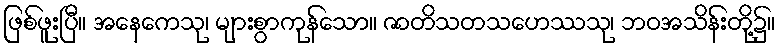
ဖြစ်ဖူးပြီ။ အနေကေသု၊ များစွာကုန်သော။ ဇာတိသတသဟေဿသု၊ ဘဝအသိန်းတို့၌။